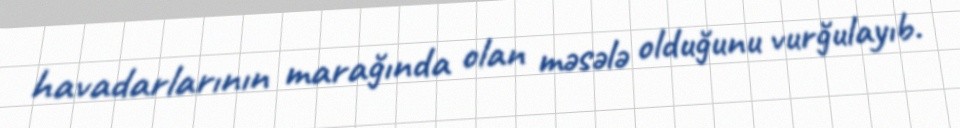
havadarlarının marağında olan məsələ olduğunu vurğulayıb.